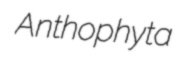
Anthophyta